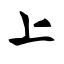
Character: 上